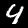
Digit: 4